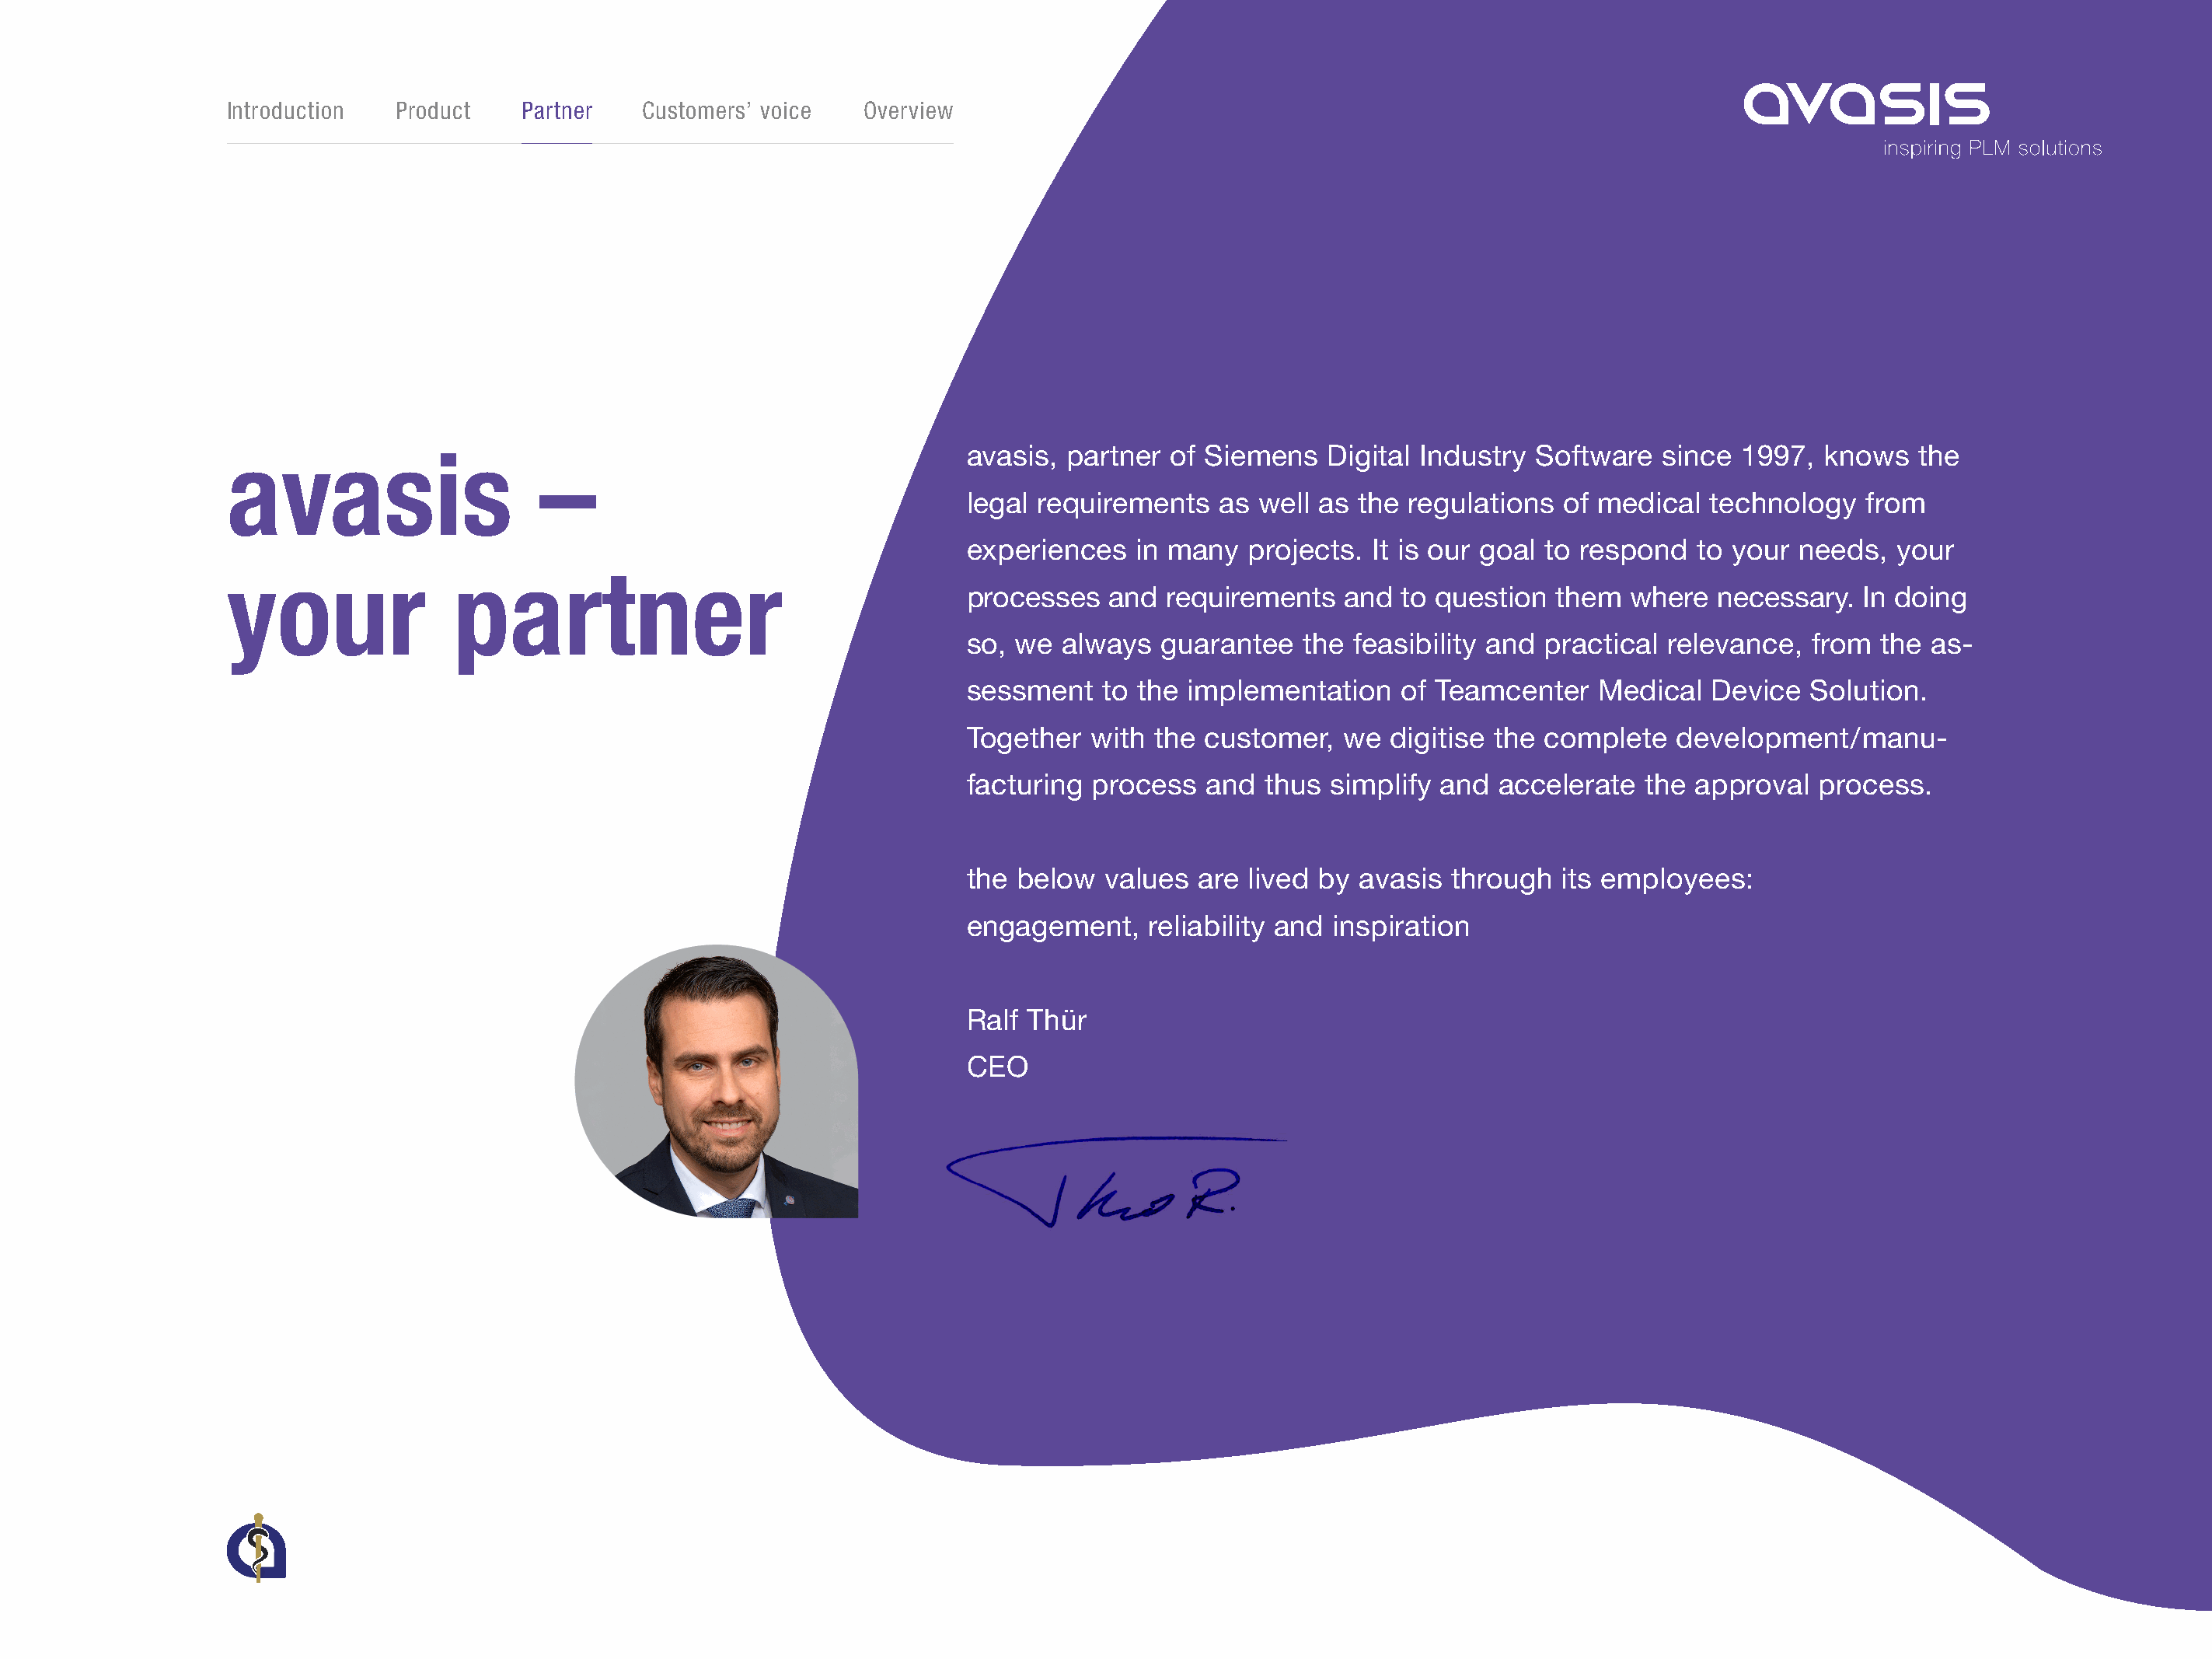
Introduction   Product   PPaarrttnneerr Customers’ voice Overview
 avasis,  partner  of Siemens   Digital Industry  Software   since 1997,  knows   the
 avasis                     –
 legal requirements    as well as  the regulations  of medical   technology   from
 experiences    in many  projects.  It is our goal to respond   to your needs,   your
 your                partner
 processes   and  requirements   and  to question   them  where  necessary.   In doing
 so, we  always   guarantee   the feasibility and  practical relevance,  from  the as-
 sessment    to the implementation    of Teamcenter    Medical   Device  Solution.
 Together   with the  customer,  we  digitise the  complete   development/manu-
 facturing  process   and  thus simplify  and  accelerate  the approval   process.
 the  below  values  are lived by  avasis  through  its employees:
 engagement,     reliability and inspiration
 Ralf Thür
 CEO